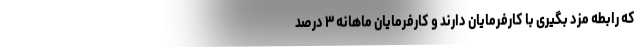
که رابطه مزد بگیری با کارفرمایان دارند و کارفرمایان ماهانه ۳ درصد